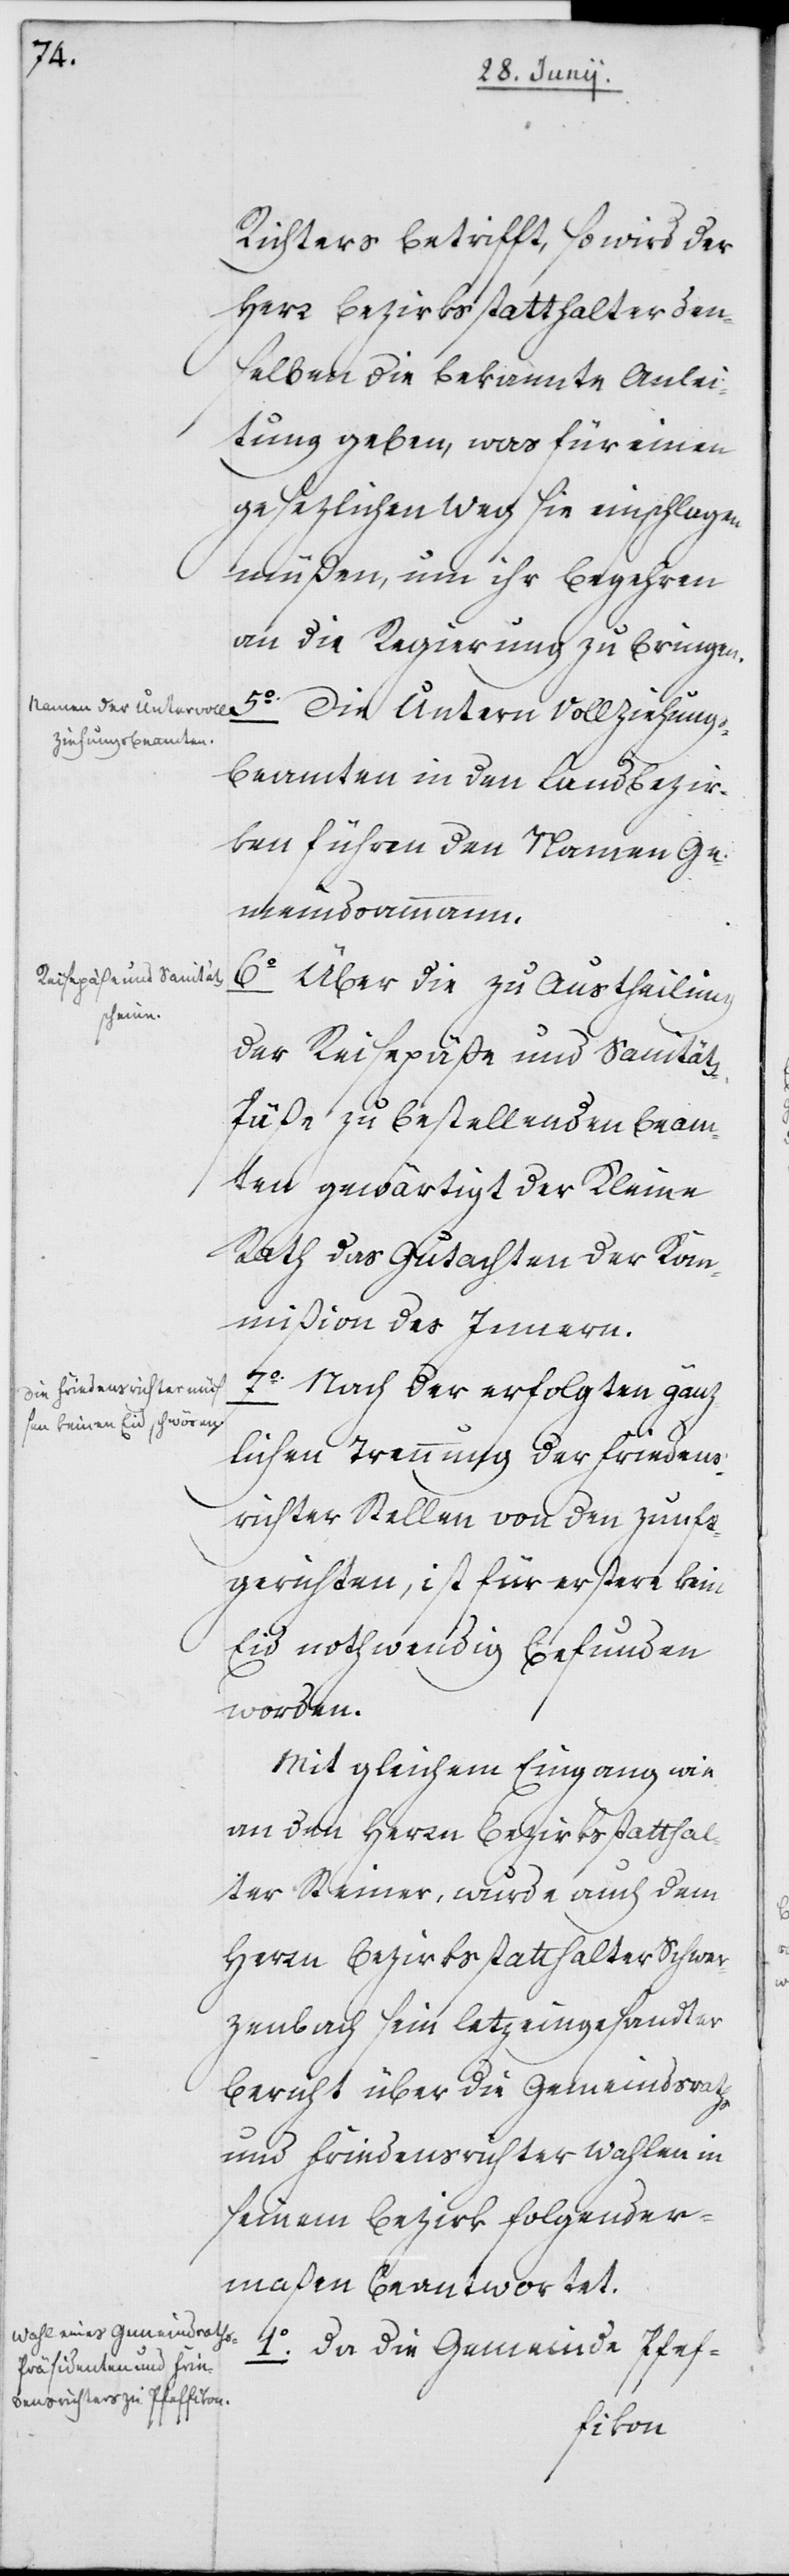
Richters betrifft, so wird der
Herr Bezirksstatthalter den¬
selben die bekannte Anlei¬
tung geben, was für einen
gesezlichen Weg sie einschlagen
müßen, um ihr Begehren
an die Regierung zu bringen.
5o. Die Untern Vollziehungs¬
beamten in den Landbezir¬
ken führen den Namen Ge¬
meindsammann.
6o Über die zu Austheilung
der Reisepäße und Sanitäts¬
päße zu bestellenden Beam¬
ten gewärtigt der Kleine
Rath das Gutachten der Ko¬
mmißion des Innern.
7o. Nach der erfolgten gänz¬
lichen Trennung der Friedens¬
richter Stellen von den Zunft¬
gerichten, ist für erstere kein
Eid nothwendig befunden
worden.
Mit gleichem Eingang wie
an den Herrn Bezirksstatthal¬
ter Steiner, wurde auch dem
Herrn Bezirksstatthalter Schwer¬
zenbach sein letzeingesandter
Bericht über die Gemeindsraths-
und Friedensrichter Wahlen in
seinem Bezirk folgender¬
maßen beantwortet.
1o. Da die Gemeinde Pfef-